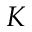
K